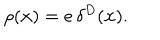
LaTeX: \rho ( { \bf x } ) = e \, \delta ^ { D } ( { \bf x } ) .